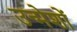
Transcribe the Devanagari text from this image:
उन्मेशों